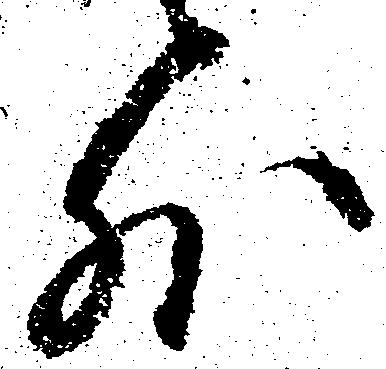
外